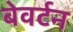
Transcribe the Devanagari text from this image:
बेवर्टन